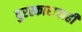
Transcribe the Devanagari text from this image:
पुरस्काराचाही